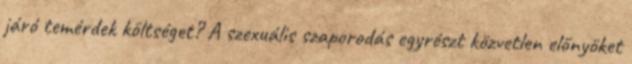
járó temérdek költséget? A szexuális szaporodás egyrészt közvetlen előnyöket